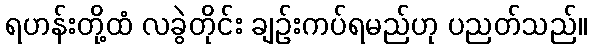
ရဟန်းတို့ထံ လခွဲတိုင်း ချဉ်းကပ်ရမည်ဟု ပညတ်သည်။